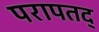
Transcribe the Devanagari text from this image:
परापतद्